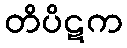
တိပိဋက